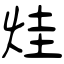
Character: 烓